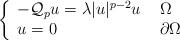
LaTeX: \begin{align*}\left\{\begin{array}{ll}-\mathcal Q_{p}u=\lambda |u|^{p-2}u &\ \Omega \\u=0 &\ \partial\Omega\end{array}\right.\end{align*}